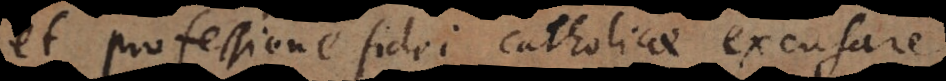
et professione fidei catholicae excusare